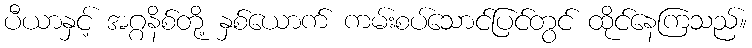
ပီယာနှင့် အဂ္ဂနိစ်တို့ နှစ်ယောက် ကမ်းစပ်သောင်ပြင်တွင် ထိုင်နေကြသည်။